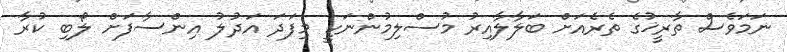
ނަމަވެސް ތާރީޚުގެ ތެރެއަށް ބަލާލާއިރު މުސްލިމުންނަކީ މިފަދަ އަދުލު އިންސާފަށް ލޯބި ކުރާ